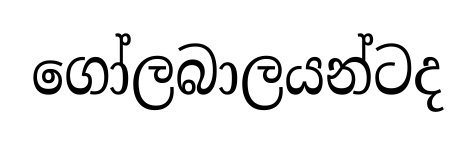
ගෝලබාලයන්ටද